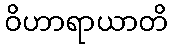
ဝိဟာရာယာတိ